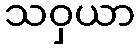
သဝှယာ